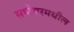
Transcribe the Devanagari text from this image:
सप्टेंबरमधील